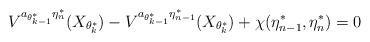
LaTeX: \begin{align*}V^{a_{\theta^*_{k-1}}\eta^*_{n}}(X_{\theta^*_{k}})-V^{a_{\theta^*_{k-1}}\eta^*_{n-1}}(X_{\theta^*_{k}})+\chi(\eta^*_{n-1},\eta^*_n)=0\end{align*}